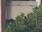
હકો